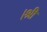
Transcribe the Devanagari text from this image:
।श्री